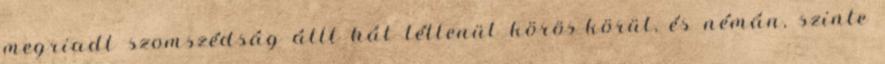
megriadt szomszédság állt hát tétlenül körös-körül, és némán, szinte